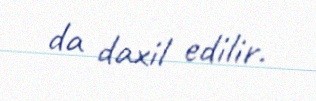
da daxil edilir.